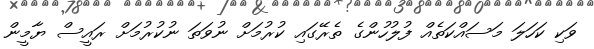
ވަކި ކަހަލަ މަސައްކަތެއް ފުލުހުންގެ ތެރޭގައި ކުރުމަށް ނުވަތަ ނުކުރުމަށް ރައީސް ޔާމީން